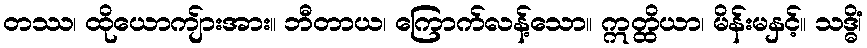
တဿ၊ ထိုယောကျ်ားအား။ ဘီတာယ၊ ကြောက်လန့်သော။ ဣတ္ထိယာ၊ မိန်းမနှင့်။ သဒ္ဓိံ၊